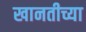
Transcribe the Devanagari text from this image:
खानतीच्या